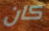
كان